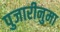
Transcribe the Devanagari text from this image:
पुजारीनुमा